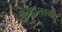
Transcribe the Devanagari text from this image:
कुणालाबी